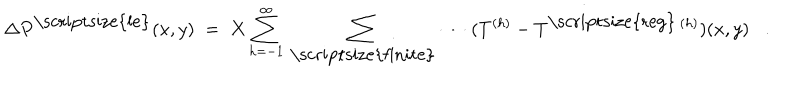
LaTeX: \Delta P ^ { \mathrm { \scriptsize { l e } } } ( x , y ) \; = \; X \sum _ { h = - 1 } ^ { \infty } \: \sum _ { \mathrm { \scriptsize { f i n i t e } } } \: \cdots \: ( T ^ { ( h ) } - T ^ { \mathrm { \scriptsize { r e g } } \: ( h ) } ) ( x , y ) .